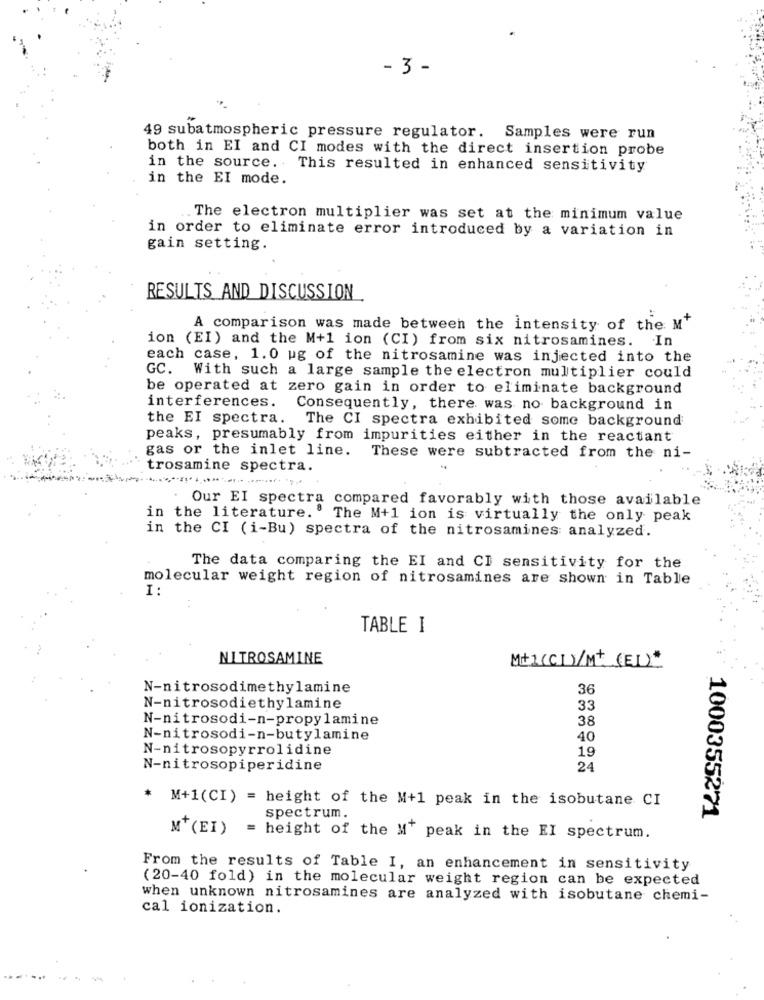
- 3 -
49 subatmospheric pressure regulator. Samples were run
both in EI and CI modes with the direct insertion probe
in the source. This resulted in enhanced sensitivity
in the EI mode.
The electron multiplier was set at the minimum value
in order to eliminate error introduced by a variation in
gain setting.
RESULTS AND DISCUSSION
A comparison was made between the intensity of the M'
ion (EI) and the M+1 ion (CI) from six nitrosamines. In
each case, 1.0 ug of the nitrosamine was injected into the
GC. With such a large sample the electron multiplier could
be operated at zero gain in order to eliminate background
interferences.
Consequently, there was no background in
the EI spectra.
The CI spectra exhibited some background
peaks, presumably from impurities either in the reactant
gas or the inlet line.
These were subtracted from the ni-
trosamine spectra.
Our EI spectra compared favorably with those available
in the literature. The M+1 ion is virtually the only peak
in the CI (i-Bu) spectra of the nitrosamines analyzed.
The data comparing the EI and CI sensitivity for the
molecular weight region of nitrosamines are shown in Table
I :
TABLE I
NITROSAMINE
M+1(CI )/M+ (EI)*
N-nitrosodimethylamine
36
N-nitrosodiethylamine
33
N-nitrosodi-n-propylamine
38
N-nitrosodi-n-butylamine
40
N-nitrosopyrrolidine
19
N-nitrosopiperidine
24
M+1 (CI) = height of the M+1 peak in the isobutane CI
spectrum.
1000355271
M'(EI) = height of the M' peak in the EI spectrum.
From the results of Table I, an enhancement in sensitivity
(20-40 fold) in the molecular weight region can be expected
when unknown nitrosamines are analyzed with isobutane chemi-
cal ionization.